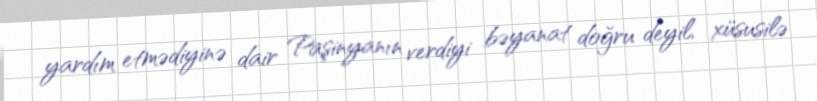
yardım etmədiyinə dair Paşinyanın verdiyi bəyanat doğru deyil, xüsusilə